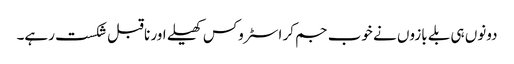
دونوں ہی بلے بازوں نے خوب جم کر اسٹروکس کھیلے اور ناقبل شکست رہے۔